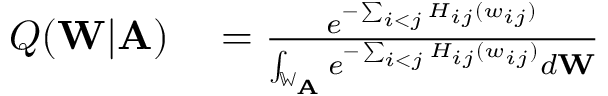
\begin{array} { r l } { Q ( \mathbf { W } | \mathbf { A } ) } & { { } = \frac { e ^ { - \sum _ { i < j } H _ { i j } ( w _ { i j } ) } } { \int _ { \mathbb { W } _ { \mathbf { A } } } e ^ { - \sum _ { i < j } H _ { i j } ( w _ { i j } ) } d \mathbf { W } } } \end{array}